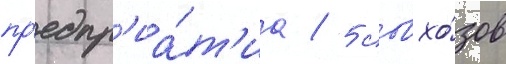
пр'едпр'иа́т'иа / 5 совхо́зов